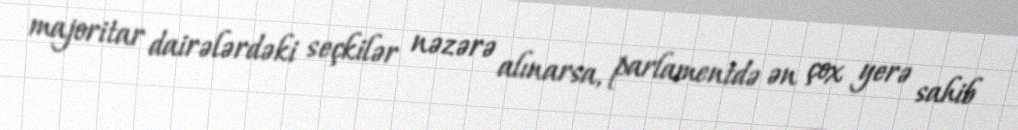
majoritar dairələrdəki seçkilər nəzərə alınarsa, parlamentdə ən çox yerə sahib